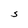
Character: S